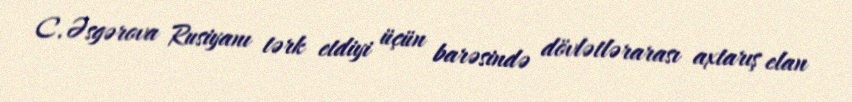
C.Əsgərova Rusiyanı tərk etdiyi üçün barəsində dövlətlərarası axtarış elan